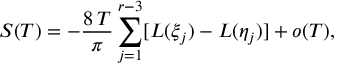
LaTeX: S ( T ) = - \frac { 8 \, T } { \pi } \sum _ { j = 1 } ^ { r - 3 } [ L ( \xi _ { j } ) - L ( \eta _ { j } ) ] + o ( T ) ,